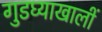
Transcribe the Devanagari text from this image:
गुडघ्याखालीं